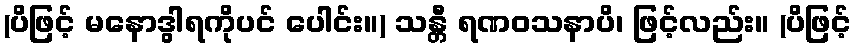
(ပိဖြင့် မနောဒွါရကိုပင် ပေါင်း။) သန္တီ ရဏဝသနာပိ၊ ဖြင့်လည်း။ (ပိဖြင့်